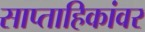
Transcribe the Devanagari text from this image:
साप्ताहिकांवर